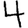
Digit: 4